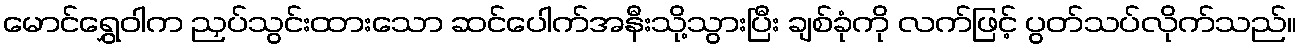
မောင်ရွှေဝါက ညှပ်သွင်းထားသော ဆင်ပေါက်အနီးသို့သွားပြီး ချစ်ခုံကို လက်ဖြင့် ပွတ်သပ်လိုက်သည်။